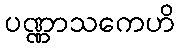
ပဏ္ဏာသကေဟိ